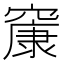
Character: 䆲